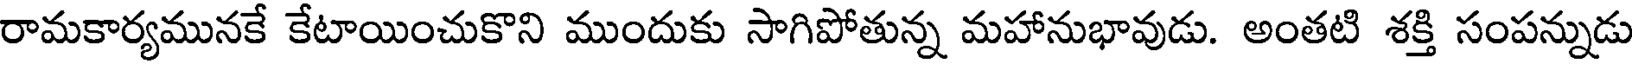
రామకార్యమునకే కేటాయించుకొని ముందుకు సాగిపోతున్న మహానుభావుడు. అంతటి శక్తి సంపన్నుడు